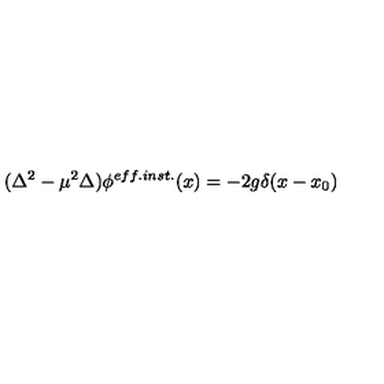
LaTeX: ( \Delta ^ { 2 } - \mu ^ { 2 } \Delta ) \phi ^ { e f f . i n s t . } ( x ) = - 2 g \delta ( x - x _ { 0 } )